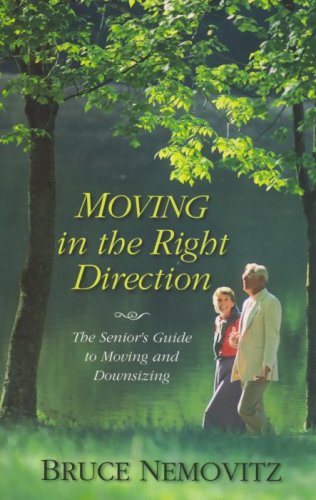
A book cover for Moving in the Right Direction: The Senior's Guide to Moving and Downsizing; Bruce Nemovitz; Business & Money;